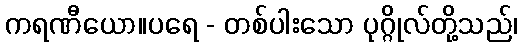
ကရဏီယော။ပရေ - တစ်ပါးသော ပုဂ္ဂိုလ်တို့သည်၊